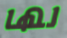
لها